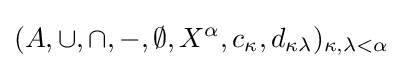
(A,\cup ,\cap ,-,\emptyset ,X^{\alpha },c_{\kappa },d_{\kappa \lambda })_{\kappa ,\lambda <\alpha }